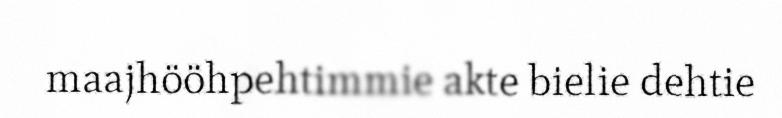
maajhööhpehtimmie akte bielie dehtie